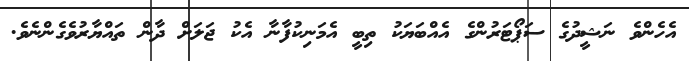
އެހެންވެ ނަޝީދުގެ ސަޕޯޓަރުންގެ އެއްބަޔަކު ތިބީ އެމަނިކުފާނާ އެކު ޖަލަށް ދާން ތައްޔާރުވެގެންނެވެ.